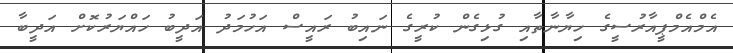
އެމްއެމްޕީއާރުސީގެ ހިޔާނާތާއި ގުޅިގެން ކުރީގެ ނައިބު ރައީސް އަހުމަދު އަދީބު ހައްޔަރުކޮށް އަދީބާ